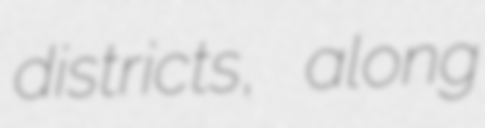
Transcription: districts, along